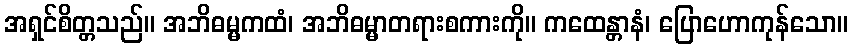
အရှင်စိတ္တသည်။ အဘိဓမ္မကထံ၊ အဘိဓမ္မာတရားစကားကို။ ကထေန္တာနံ၊ ပြောဟောကုန်သော။